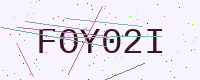
Text: FOY02I